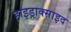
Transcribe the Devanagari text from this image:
हाइड्राक्साइद